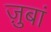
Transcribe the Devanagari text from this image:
ज़ुबां